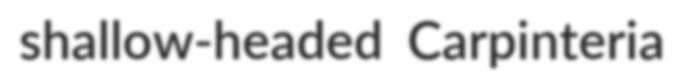
shallow-headed Carpinteria